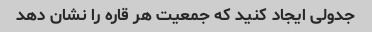
جدولی ایجاد کنید که جمعیت هر قاره را نشان دهد